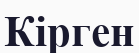
Кірген